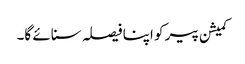
کمیشن پیر کو اپنا فیصلہ سنائے گا۔